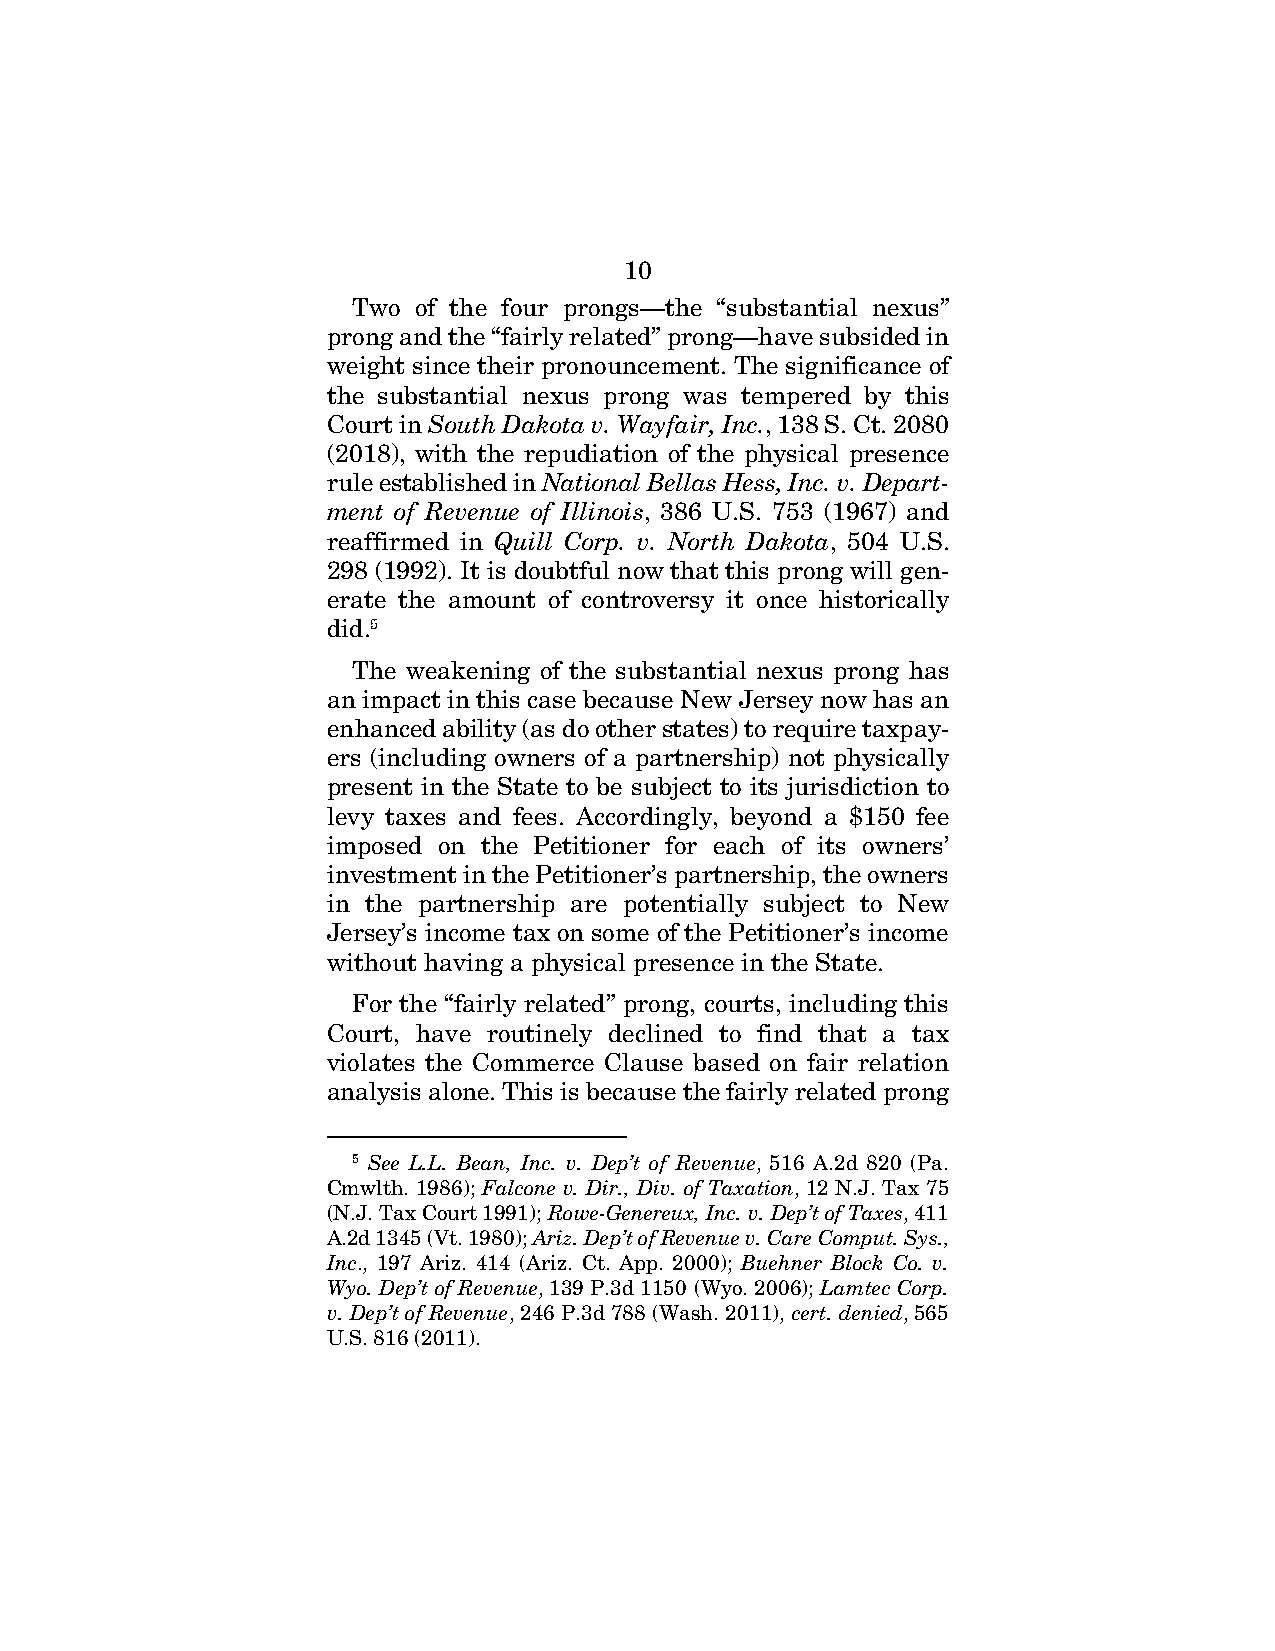
10
 Two of the four prongs—the “substantial nexus”
 prong and the “fairly related” prong—have subsided in
 weight since their pronouncement. The significance of
 the substantial nexus prong was tempered by this
 Court in South Dakota v. Wayfair, Inc., 138 S. Ct. 2080
 (2018), with the repudiation of the physical presence
 rule established in National Bellas Hess, Inc. v. Depart-
 ment of Revenue of Illinois, 386 U.S. 753 (1967) and
 reaffirmed in Quill Corp. v. North Dakota, 504 U.S.
 298 (1992). It is doubtful now that this prong will gen-
 erate the amount of controversy it once historically
 did.5
 The weakening of the substantial nexus prong has
 an impact in this case because New Jersey now has an
 enhanced ability (as do other states) to require taxpay-
 ers (including owners of a partnership) not physically
 present in the State to be subject to its jurisdiction to
 levy taxes and fees. Accordingly, beyond a $150 fee
 imposed on the Petitioner for each of its owners’
 investment in the Petitioner’s partnership, the owners
 in the partnership are potentially subject to New
 Jersey’s income tax on some of the Petitioner’s income
 without having a physical presence in the State.
 For the “fairly related” prong, courts, including this
 Court, have routinely declined to find that a tax
 violates the Commerce Clause based on fair relation
 analysis alone. This is because the fairly related prong
 5 See L.L. Bean, Inc. v. Dep’t of Revenue, 516 A.2d 820 (Pa.
 Cmwlth. 1986); Falcone v. Dir., Div. of Taxation, 12 N.J. Tax 75
 (N.J. Tax Court 1991); Rowe-Genereux, Inc. v. Dep’t of Taxes, 411
 A.2d 1345 (Vt. 1980); Ariz. Dep’t of Revenue v. Care Comput. Sys.,
 Inc., 197 Ariz. 414 (Ariz. Ct. App. 2000); Buehner Block Co. v.
 Wyo. Dep’t of Revenue, 139 P.3d 1150 (Wyo. 2006); Lamtec Corp.
 v. Dep’t of Revenue, 246 P.3d 788 (Wash. 2011), cert. denied, 565
 U.S. 816 (2011).